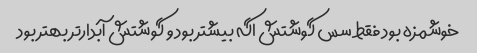
خوشمزه بود فقط سس گوشتش اگه بیشتر بود و گوشتش آبدار‌تر بهتر بود